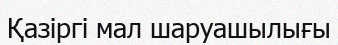
Қазіргі мал шаруашылығы